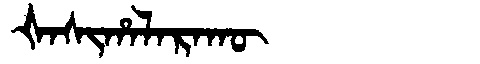
Manchu: ᡧᠠᠰᡳᡥᠠᠯᠠᡵᠠᡴᡡ
Romanization: ŠASIHALARAKŪ